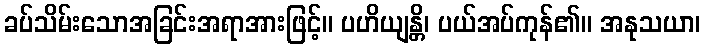
ခပ်သိမ်းသောအခြင်းအရာအားဖြင့်။ ပဟိယျန္တိ၊ ပယ်အပ်ကုန်၏။ အနုသယာ၊